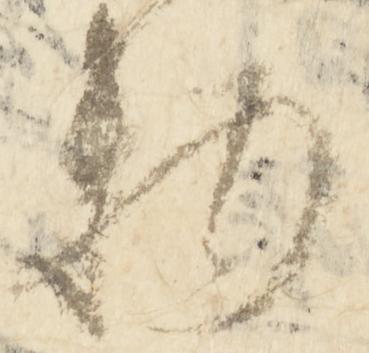
物